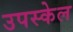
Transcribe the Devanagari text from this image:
उपस्केल